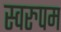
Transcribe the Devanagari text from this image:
स्वरुपम